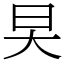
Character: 旲